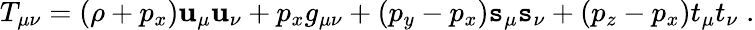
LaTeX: T_{\mu\nu}=(\rho+p_{x})\mathbf{u}_{\mu}\mathbf{u}_{\nu}+p_{x}g_{\mu\nu}+(p_{y}-p_{x})\mathtt{s}_{\mu}\mathtt{s}_{\nu}+(p_{z}-p_{x})t_{\mu}t_{\nu}\; .